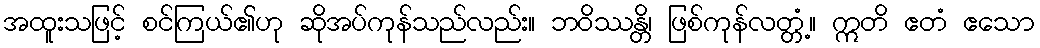
အထူးသဖြင့် စင်ကြယ်၏ဟု ဆိုအပ်ကုန်သည်လည်း။ ဘဝိဿန္တိ၊ ဖြစ်ကုန်လတ္တံ့။ ဣတိ ဧတံ ဧသော